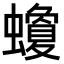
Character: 𧓬